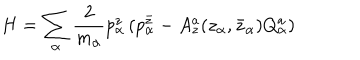
LaTeX: H = \sum _ { \alpha } { \frac { 2 } { m _ { \alpha } } } p _ { \alpha } ^ { z } \left( p _ { \alpha } ^ { \bar { z } } - A _ { z } ^ { a } ( z _ { \alpha } , \bar { z } _ { \alpha } ) Q _ { \alpha } ^ { a } \right)